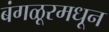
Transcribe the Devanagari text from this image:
बंगळूरमधून